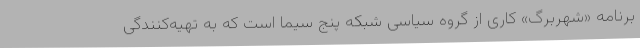
برنامه «شهربرگ» کاری از گروه سیاسی شبکه پنج سیما است که به تهیه‌کنندگی